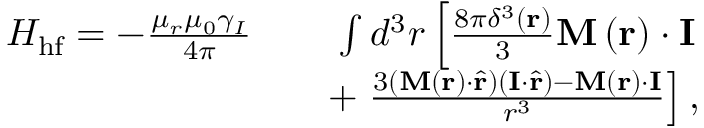
\begin{array} { r l r } { H _ { \mathrm { h f } } = - \frac { \mu _ { r } \mu _ { 0 } \gamma _ { I } } { 4 \pi } } & { } & { \int d ^ { 3 } r \left[ \frac { 8 \pi \delta ^ { 3 } \left( \mathbf { r } \right) } { 3 } \mathbf { M } \left( \mathbf { r } \right) \cdot \mathbf { I } \right. } \\ & { } & { + \left. \frac { 3 \left( \mathbf { M } \left( \mathbf { r } \right) \cdot \hat { \mathbf { r } } \right) \left( \mathbf { I } \cdot \hat { \mathbf { r } } \right) - \mathbf { M } \left( \mathbf { r } \right) \cdot \mathbf { I } } { r ^ { 3 } } \right] , } \end{array}